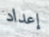
إعداد